Leaving Certificate Examination (including Day School Certificate (Higher) General paper), 1930
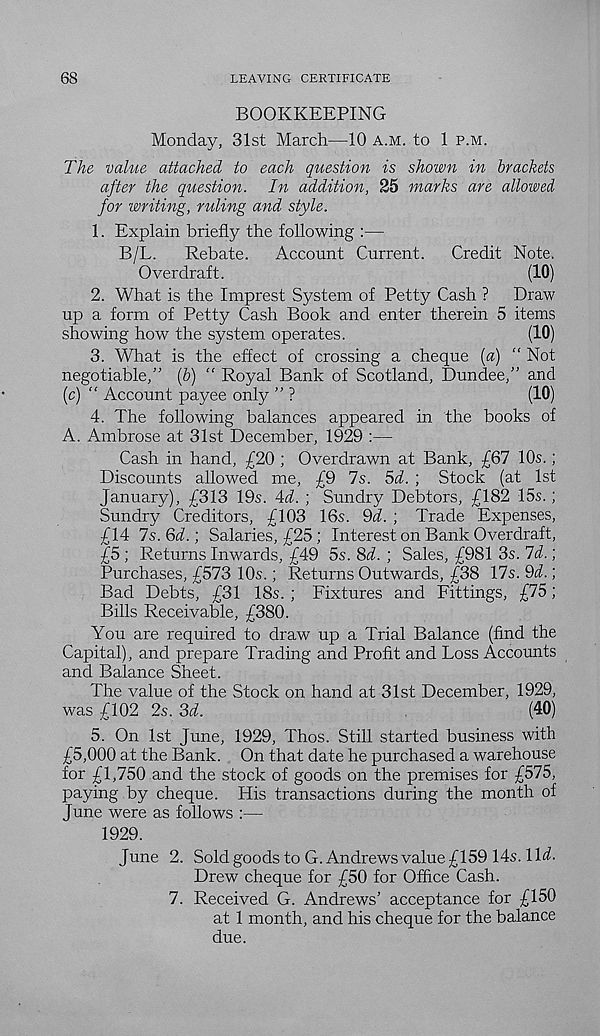
68
LEAVING CERTIFICATE
BOOKKEEPING
Monday, 31st March—10 a.m. to 1 p.m.
The value attached to each question is shown in brackets
after the question. In addition, 25 marks are allowed
for writing, ruling and style.
1. Explain briefly the following :—
B/L.
Rebate.
Account Current.
Credit Note.
Overdraft.
(10)
2. What is the Imprest System of Petty Cash ?
Draw
up a form of Petty Cash Book and enter therein 5 items
showing how the system operates.
(10)
3. What is the effect of crossing a cheque {a) “ Not
negotiable,” [b) “ Royal Bank of Scotland, Dundee,” and
(c) “ Account payee only ” ?
(10)
4. The following balances appeared in the books of
A. Ambrose at 31st December, 1929 :—
Cash in hand, £20 ; Overdrawn at Bank, £67 10s.;
Discounts allowed me, £9 7s. 5d. ; Stock (at 1st
January), £313 19s. 4d. ; Sundry Debtors, £182 15s.;
Sundry Creditors, £103 16s. 9d. ; Trade Expenses,
£14 7s.6d.) Salaries, £25; Interest on Bank Overdraft,
£5 ; Returns Inwards, £49 5s. 8i. ; Sales, £981 3s. 7d.;
Purchases, £573 10s.; Returns Outwards, £38 17s. 9d.;
Bad Debts, £31 18s. ; Fixtures and Fittings, £75;
Bills Receivable, £380.
You are required to draw up a Trial Balance (find the
Capital), and prepare Trading and Profit and Loss Accounts
and Balance Sheet.
The value of the Stock on hand at 31st December, 1929,
was £102 2s. 3A
(40)
5. On 1st June, 1929, Thos. Still started business with
£5,000 at the Bank. On that date he purchased a warehouse
for £1,750 and the stock of goods on the premises for £575,
paying by cheque. His transactions during the month of
June were as follows :—
1929.
June 2. Sold goods to G. Andrews value £159 14s. llii-
Drew cheque for £50 for Office Cash.
7. Received G. Andrews’ acceptance for £150
at 1 month, and his cheque for the balance
due.